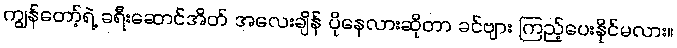
ကျွန်တော့်ရဲ့ ခရီးဆောင်အိတ် အလေးချိန် ပိုနေလားဆိုတာ ခင်ဗျား ကြည့်ပေးနိုင်မလား။